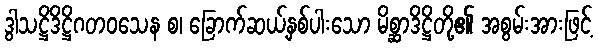
ဒွါသဋ္ဌိဒိဋ္ဌိဂတဝသေန စ၊ ခြောက်ဆယ့်နှစ်ပါးသော မိစ္ဆာဒိဋ္ဌိတို့၏ အစွမ်းအားဖြင့်